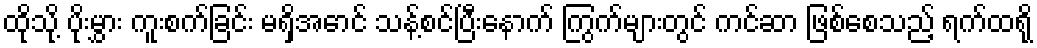
ထိုသို့ ပိုးမွှား ကူးစက်ခြင်း မရှိအောင် သန့်စင်ပြီးနောက် ကြွက်များတွင် ကင်ဆာ ဖြစ်စေသည့် ရက်ထရို